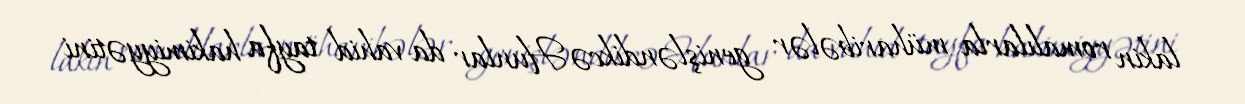
lakin romalılarla müharibələr genişləndikcə Hunlar da vahid tayfa hakimiyyətini